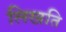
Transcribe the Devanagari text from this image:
लिखति